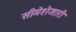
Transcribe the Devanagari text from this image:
सीमेशेजारी